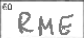
Transcription: RME